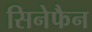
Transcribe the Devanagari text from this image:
सिनेफैन